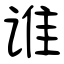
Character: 谁